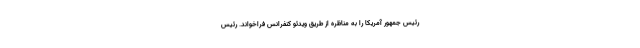
رئیس جمهور آمریکا را به مناظره از طریق ویدئو کنفرانس فراخواند. رئیس